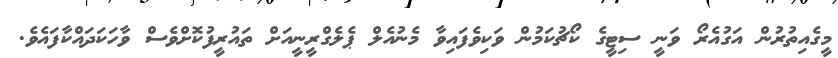
މީގެއިތުރުން އަގުއެރޯ ވަނީ ސިޓީގެ ކޯޗުކަމުން ވަކިވެފައިވާ މެނުއެލް ޕެލެގްރީނީއަށް ތައުރީފުކޮށްވެސް ވާހަކަދައްކާފައެވެ.